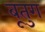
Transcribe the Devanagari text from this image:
बूतुग